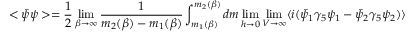
< \bar { \psi } \psi > = { \frac { 1 } { 2 } } \operatorname * { l i m } _ { \beta \rightarrow \infty } { \frac { 1 } { m _ { 2 } ( \beta ) - m _ { 1 } ( \beta ) } } \int _ { m _ { 1 } ( \beta ) } ^ { m _ { 2 } ( \beta ) } d m \operatorname * { l i m } _ { h \rightarrow 0 } \operatorname * { l i m } _ { V \rightarrow \infty } \langle i ( \bar { \psi } _ { 1 } \gamma _ { 5 } \psi _ { 1 } - \bar { \psi } _ { 2 } \gamma _ { 5 } \psi _ { 2 } ) \rangle